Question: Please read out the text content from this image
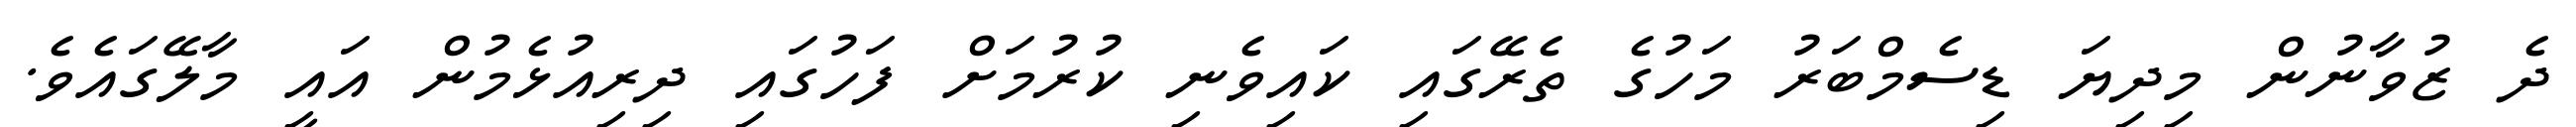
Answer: ދެ ޒުވާނުން މިދިޔަ ޑިސެމްބަރު މަހުގެ ތެރޭގައި ކައިވެނި ކުރުމަށް ފަހުގައި ދިރިއުޅެމުން އައީ މާލޭގައެވެ.